画像に写った文字を読んでください
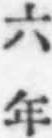
「六年」と書いてあります